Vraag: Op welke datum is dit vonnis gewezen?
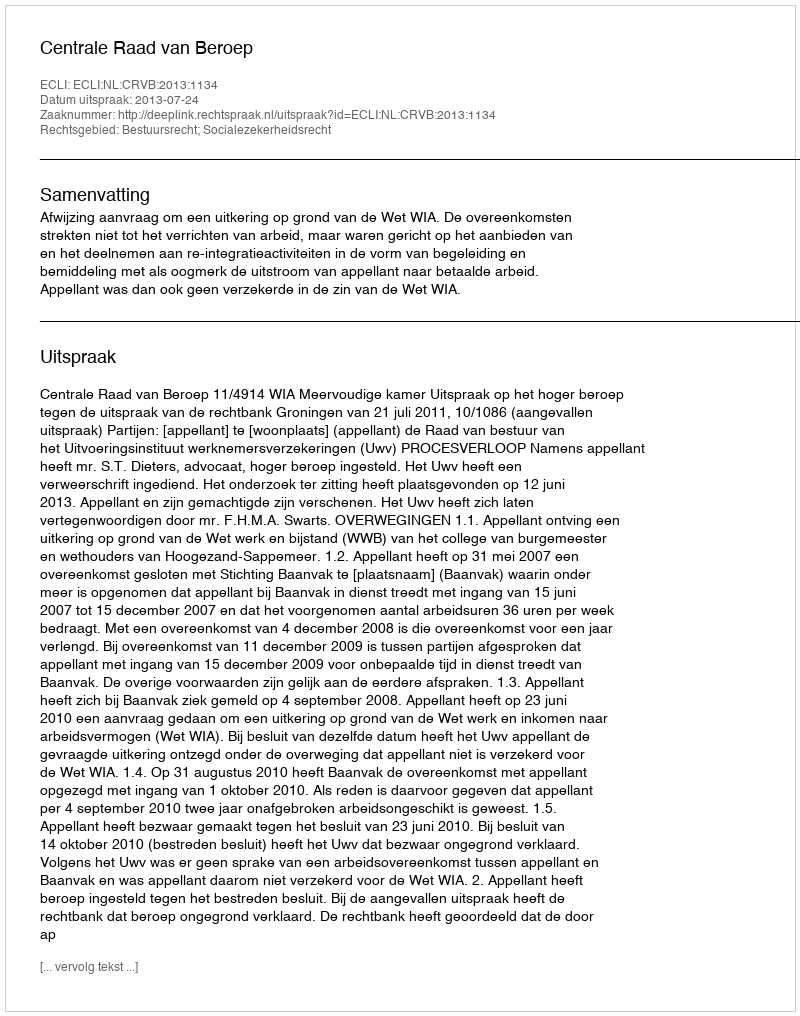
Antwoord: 2013-07-24